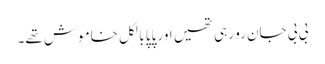
بی بی جان رو رہی تھیں اور پاپا بالکل خاموش تھے۔